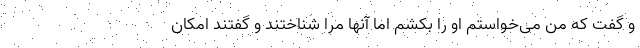
و گفت که من می‌خواستم او را بکشم اما آنها مرا شناختند و گفتند امکان